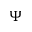
\Psi